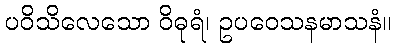
ပဝိသိလေသော ဝိဓုရံ၊ ဥပဝေသနမာသနံ။